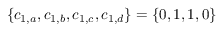
\{ c _ { 1 , a } , c _ { 1 , b } , c _ { 1 , c } , c _ { 1 , d } \} = \{ 0 , 1 , 1 , 0 \}